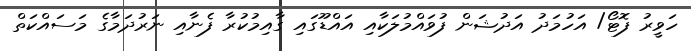
ހަވީރު ފޮޓޯ/ އަހުމަދު އަދުޝަން ފުވައްމުލަކާއި އައްޑޫގައި ގާއިމުކުރާ ފެނާއި ނަރުދަމާގެ މަސައްކަތް